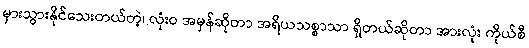
မှားသွားနိုင်သေးတယ်တဲ့၊ လုံးဝ အမှန်ဆိုတာ အရိယသစ္စာသာ ရှိတယ်ဆိုတာ အားလုံး ကိုယ်စီ